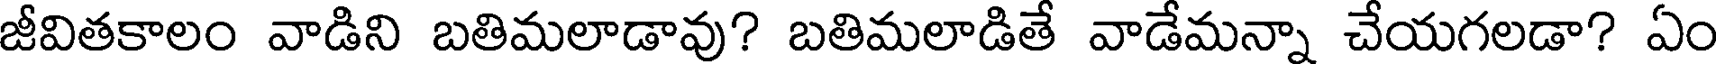
జీవితకాలం వాడిని బతిమలాడావు? బతిమలాడితే వాడేమన్నా చేయగలడా? ఏం